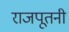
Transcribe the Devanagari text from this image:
राजपूतनी